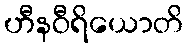
ဟီနဝီရိယောတိ